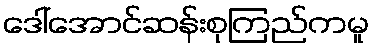
ဒေါ်အောင်ဆန်းစုကြည်ကမူ